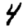
Digit: 4